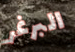
البرغر